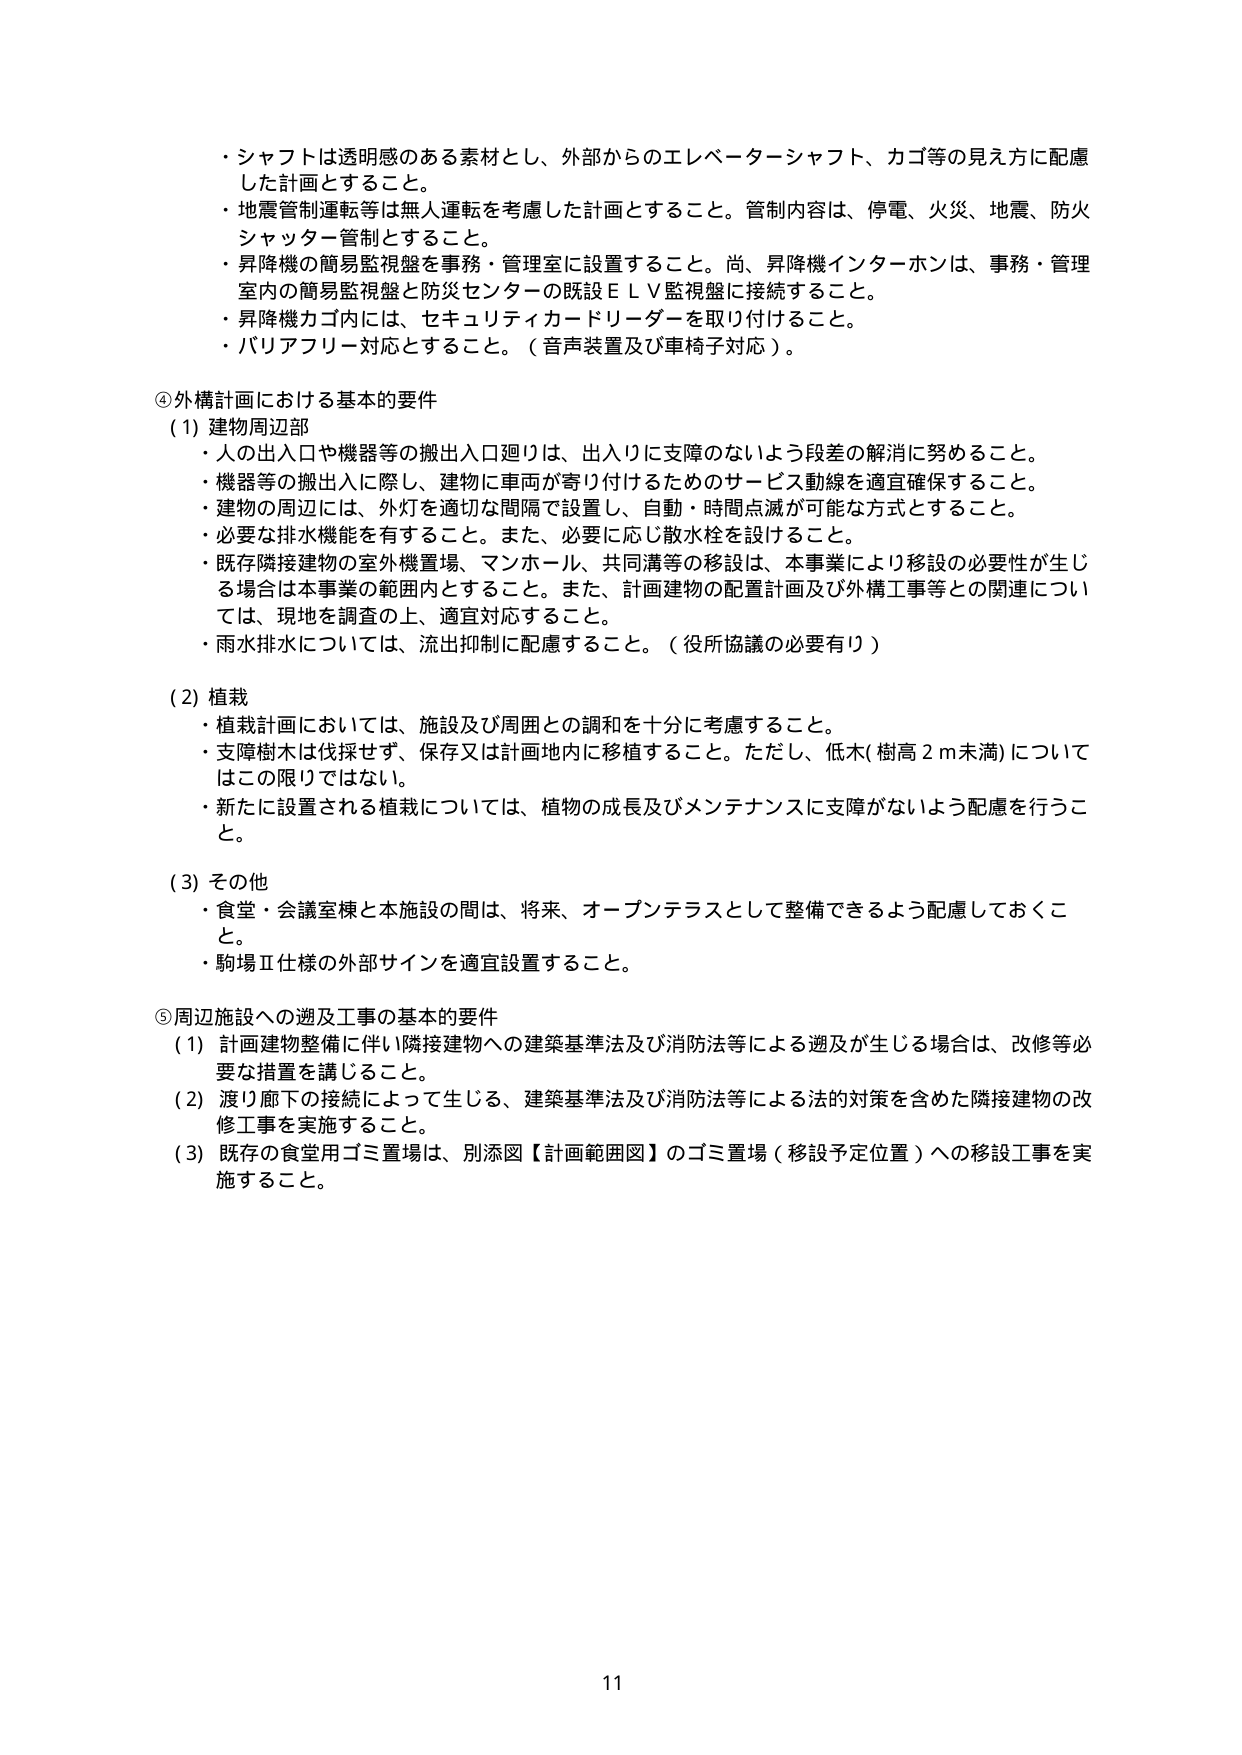
・シャフトは透明感のある素材とし、外部からのエレベーターシャフト、ガゴ等の見え方に配慮した計画とすること。
・地震管制運転等は無人運転を考慮した計画とすること。管制内容は、停電、火災、地震、防火シャッター管制とすること。
・昇降機の簡易監視盤を事務・管理室に設置すること。尚、昇降機インターホンは、事務・管理室内の簡易監視盤と防災センターの既設ＥＬＶ監視盤に接続すること。
・昇降機カゴ内には、セキュリティカードリーダーを取り付けること。
・バリアフリー対応とすること。（音声装置及び車椅子対応）。

④外構計画における基本的要件
（1）建物周辺部
・人の出入口や機器等の搬出入口廻りは、出入りに支障のないよう段差の解消に努めること。
・機器等の搬出入に際し、建物に車両が寄り付けるためのサービス動線を適宜確保すること。
・建物の周辺には、外灯を適切な間隔で設置し、自動・時間点滅が可能な方式とすること。
・必要な排水機能を有すること。また、必要に応じ散水栓を設けること。
・既存隣接建物の室外機置場、マンホール、共同溝等の移設は、本事業により移設の必要性が生じる場合は本事業の範囲内とすること。また、計画建物の配置計画及び外構工事等との関連については、現地を調査の上、適宜対応すること。
・雨水排水については、流出抑制に配慮すること。（役所協議の必要有り）

（2）植栽
・植栽計画においては、施設及び周囲との調和を十分に考慮すること。
・支障樹木は伐採せず、保存又は計画地内に移植すること。ただし、低木（樹高２ｍ未満）についてはこの限りではない。
・新たに設置される植栽については、植物の成長及びメンテナンスに支障がないよう配慮を行うこと。

（3）その他
・食堂・会議室棟と本施設の間は、将来、オープンテラスとして整備できるよう配慮しておくこと。
・駒場Ⅱ仕様の外部サインを適宜設置すること。

⑤周辺施設への遡及工事の基本的要件
（1）計画建物整備に伴い隣接建物への建築基準法及び消防法等による遡及が生じる場合は、改修等必要な措置を講じること。
（2）渡り廊下の接続によって生じる、建築基準法及び消防法等による法的対策を含めた隣接建物の改修工事を実施すること。
（3）既存の食堂用ゴミ置場は、別添図【計画範囲図】のゴミ置場（移設予定位置）への移設工事を実施すること。

11